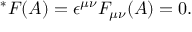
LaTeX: \ ^ { * } F ( A ) = \epsilon ^ { \mu \nu } F _ { \mu \nu } ( A ) = 0 .